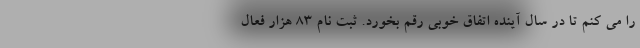
را می کنم تا در سال آینده اتفاق خوبی رقم بخورد. ثبت نام 83 هزار فعال